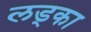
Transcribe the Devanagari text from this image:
लड्का